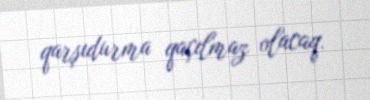
qarşıdurma qaçılmaz olacaq.